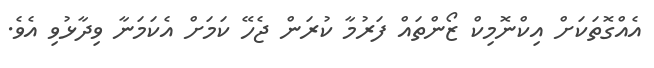
އެއްގޮތަކަށް އިކްނޮމިކް ޒޯންތައް ފަރުމާ ކުރަން ޖެހޭ ކަމަށް އެކަމަނާ ވިދާޅުވި އެވެ.